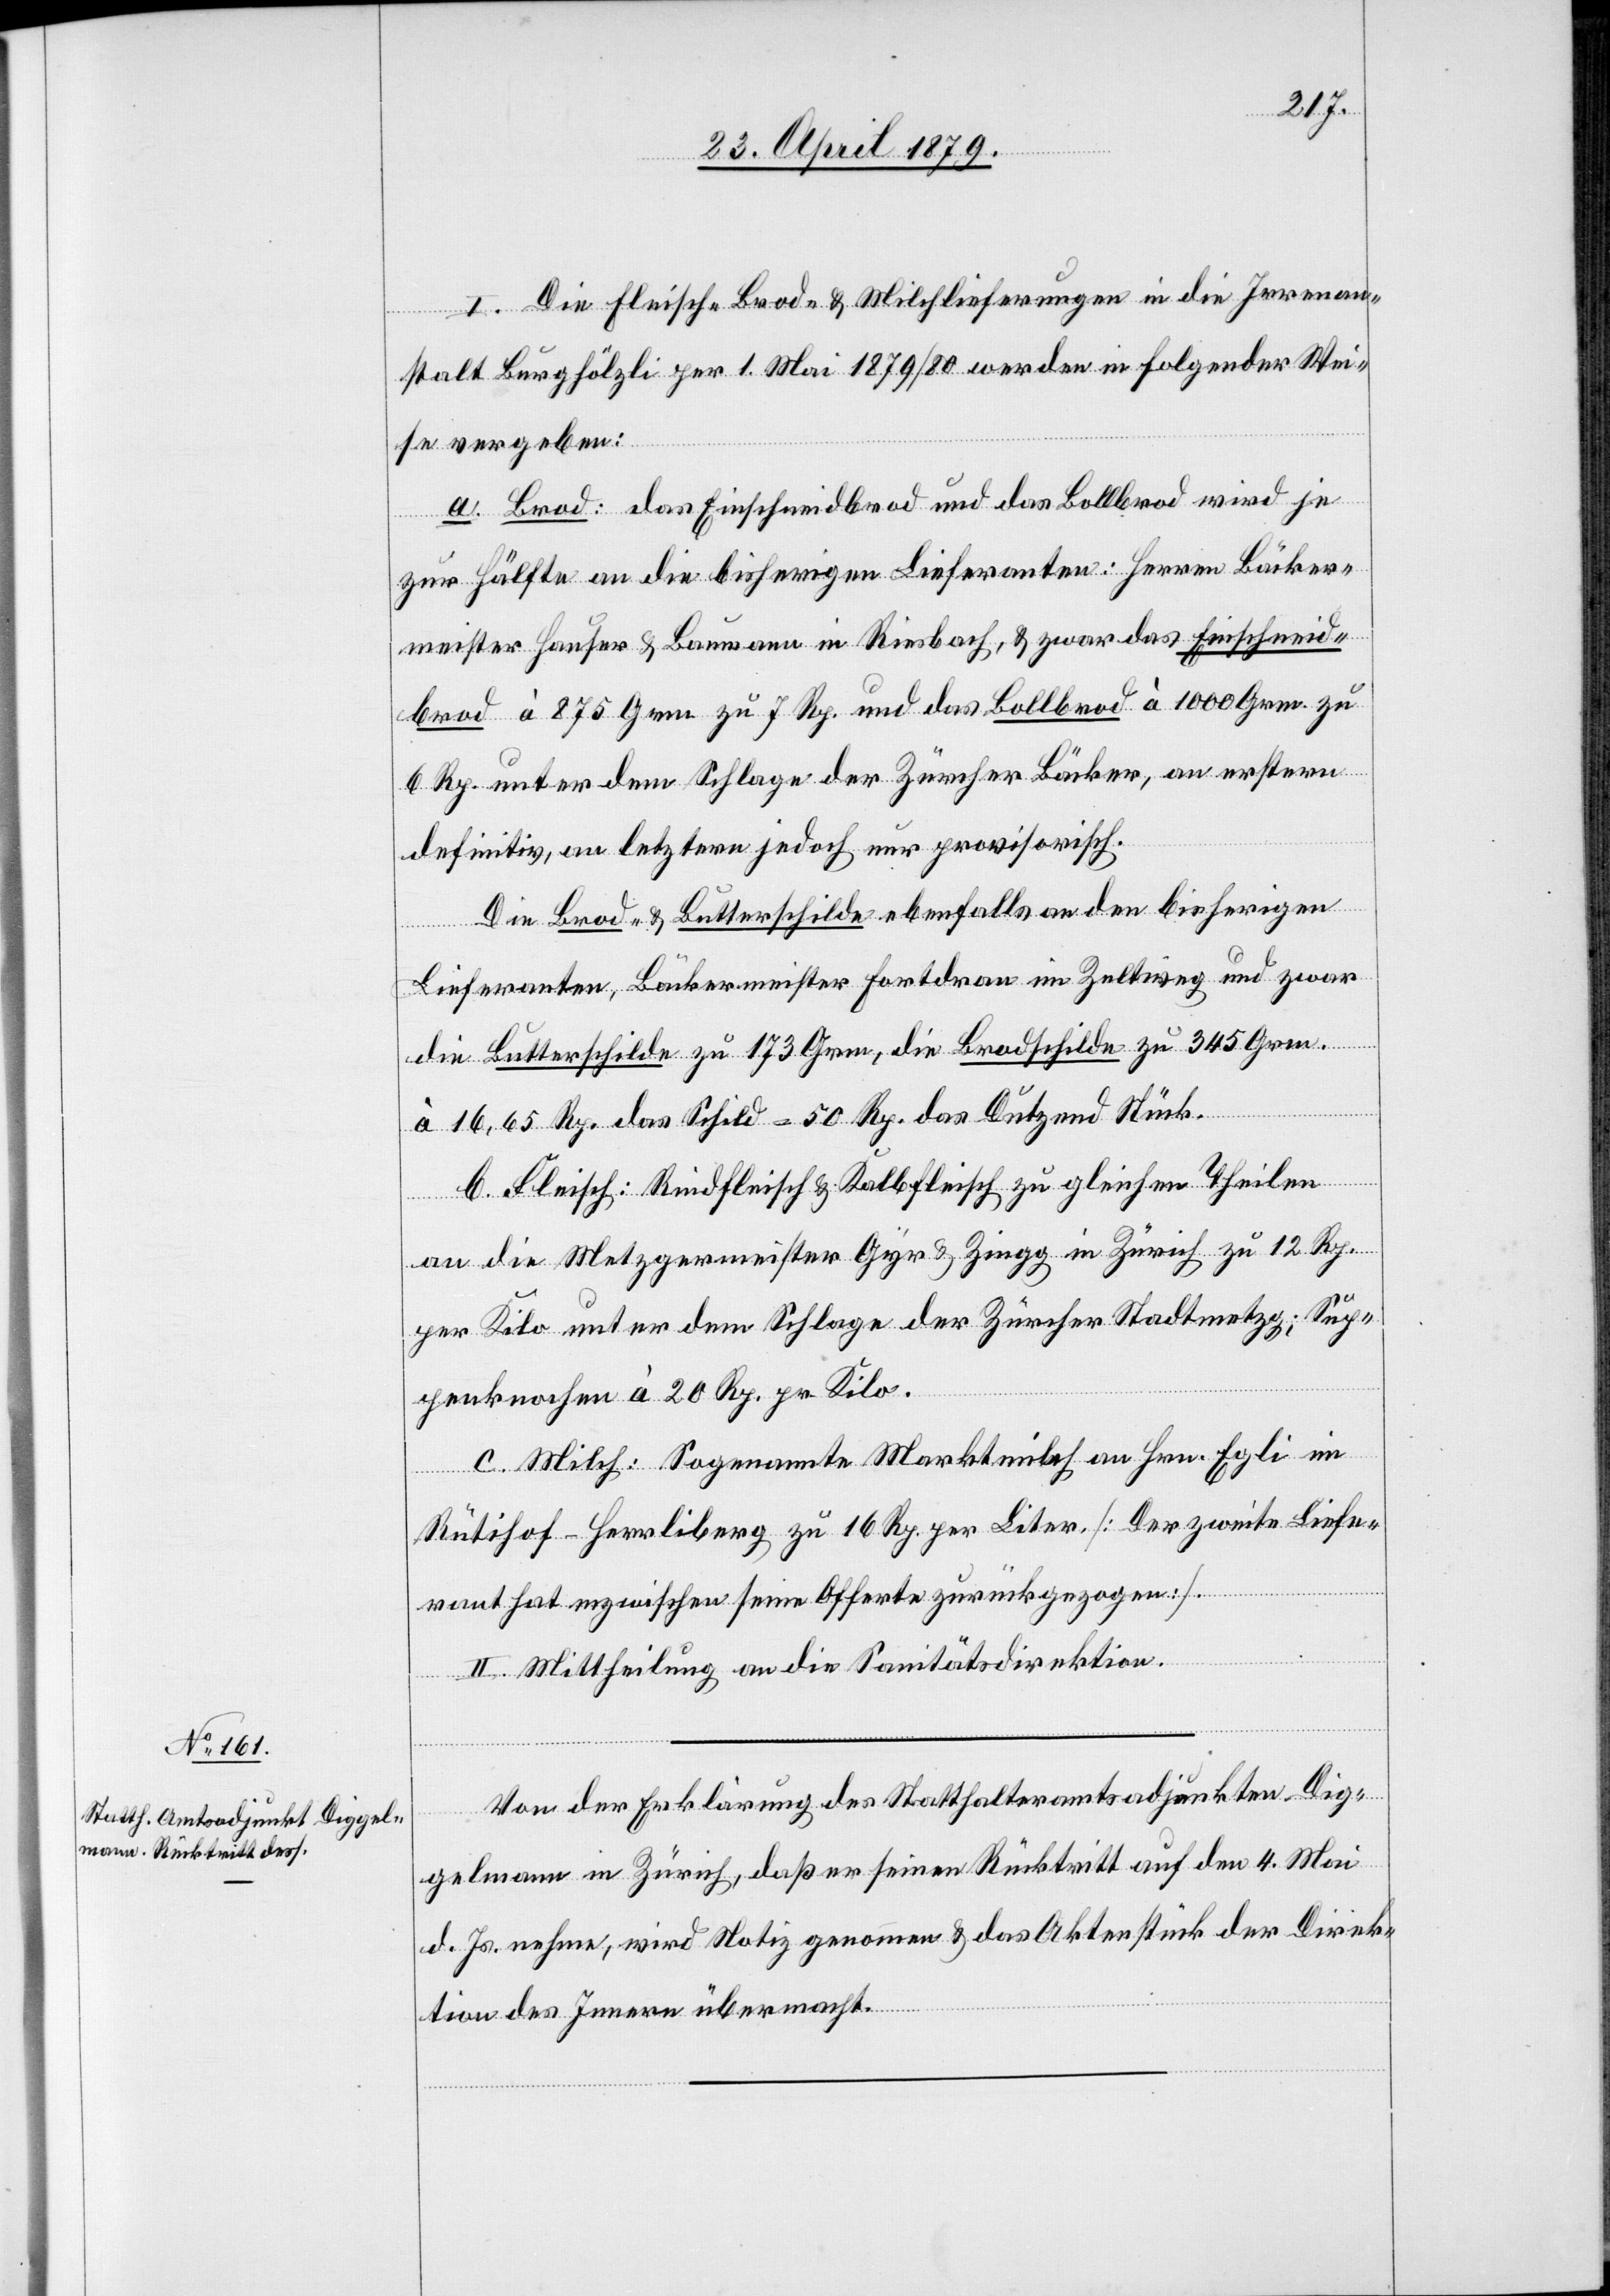
I. Die Fleisch- Brod- & Milchlieferungen in die Irrenan¬
stalt Burghölzli per 1. Mai 1879/80 werden in folgender Wei¬
se vergeben:
a. Brod: Das Einschneidbrod und das Bollbrod wird je
zur Hälfte an die bisherigen Lieferanten: Herren Bäcker¬
meister Hauser & Baumann in Riesbach, & zwar das Einschneid¬
brod à 875 Grm. zu 7 Rp. und das Bollbrod à 1000 Grm. zu
6 Rp. unter dem Schlage der Zürcher Bäcker, an erstern
definitiv, an letztere jedoch nur provisorisch
Die Brod- & Butterschilde ebenfalls an den bisherigen
Lieferanten, Bäckermeister Fortdran im Zeltiweg und zwar
die Butterschilde zu 173 Grm., die Brodschilde zu 345 Grm.
à 16,65 Rp. das Schild = 50 Rp. das Dutzend Stück.
b. Fleisch: Rindfleisch & Kalbfleisch zu gleichen Theilen
an die Metzgermeister Gyr & Zingg in Zürich zu 12 Rp.
per Kilo unter dem Schlage der Zürcher Stadtmetzg; Sup¬
penknochen à 20 Rp. pr. Kilo.
c. Milch: Sogenannte Marktmilch an Hrn. Egli im
Rütihof - Herrliberg zu 16 Rp. per Liter. [Der zweite Liefe¬
rant hat inzwischen seine Offerte zurückgezogen].
II. Mittheilung an die Sanitätsdirektion.
Von der Erklärung des Statthalteramtsadjunkten Dig¬
gelmann in Zürich, daß er seinen Rücktritt auf den 4. Mai
d. Js. nehme, wird Notiz genommen & das Aktenstück der Direk¬
tion des Innern übermacht.